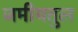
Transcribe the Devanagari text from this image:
जमीयतुल